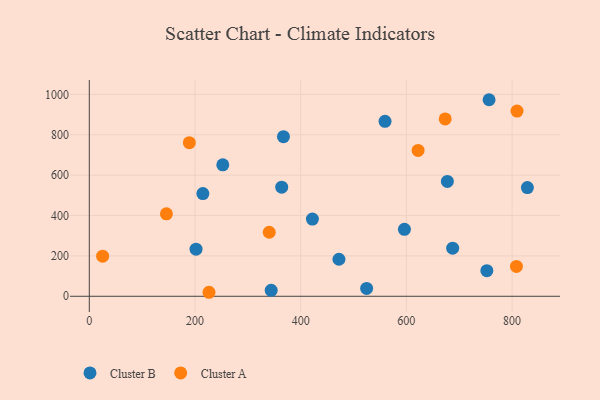
{"axis": {"x": "Investment", "y": "Rating"}, "legend": ["Cluster A", "Cluster B"], "data": [{"x": "367.4", "y": 790.6, "type": "Cluster B"}, {"x": "829.0", "y": 538.3, "type": "Cluster B"}, {"x": "344.2", "y": 29.7, "type": "Cluster B"}, {"x": "756.5", "y": 973.6, "type": "Cluster B"}, {"x": "677.6", "y": 569.0, "type": "Cluster B"}, {"x": "252.6", "y": 650.9, "type": "Cluster B"}, {"x": "524.8", "y": 38.9, "type": "Cluster B"}, {"x": "596.3", "y": 331.4, "type": "Cluster B"}, {"x": "364.1", "y": 540.2, "type": "Cluster B"}, {"x": "472.4", "y": 183.5, "type": "Cluster B"}, {"x": "202.0", "y": 233.3, "type": "Cluster B"}, {"x": "214.9", "y": 508.5, "type": "Cluster B"}, {"x": "422.2", "y": 382.6, "type": "Cluster B"}, {"x": "559.6", "y": 866.5, "type": "Cluster B"}, {"x": "752.3", "y": 126.6, "type": "Cluster B"}, {"x": "687.6", "y": 238.1, "type": "Cluster B"}, {"x": "189.3", "y": 761.0, "type": "Cluster A"}, {"x": "809.4", "y": 917.4, "type": "Cluster A"}, {"x": "226.5", "y": 19.8, "type": "Cluster A"}, {"x": "340.5", "y": 317.2, "type": "Cluster A"}, {"x": "808.3", "y": 148.0, "type": "Cluster A"}, {"x": "673.5", "y": 878.5, "type": "Cluster A"}, {"x": "25.2", "y": 198.6, "type": "Cluster A"}, {"x": "145.9", "y": 408.4, "type": "Cluster A"}, {"x": "622.2", "y": 722.4, "type": "Cluster A"}]}